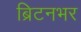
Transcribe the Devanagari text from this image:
ब्रिटनभर